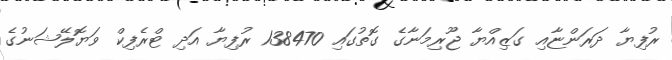
ރުފިޔާ ދަރަންޏާއި ގަޒިއްޔާ ޖޫރިމަނާގެ ގޮތުގައި 138470 ރުފިޔާ އަދި ޓްރެފިކް ވަޔޮލޭޝަނުގެ